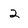
Character: 2